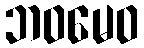
ဘဝမေဝ